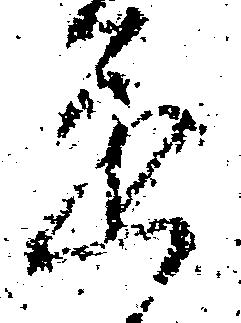
道